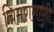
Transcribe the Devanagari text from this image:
चिमणगाणी